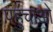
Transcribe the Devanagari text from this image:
पहुंचाओ